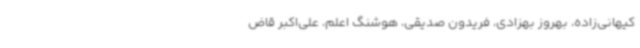
کیهانی‌زاده، بهروز بهزادی، فریدون صدیقی، هوشنگ اعلم، علی‌اکبر قاض